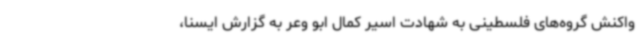
واکنش گروه‌های فلسطینی به شهادت اسیر کمال ابو وعر به گزارش ایسنا،